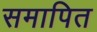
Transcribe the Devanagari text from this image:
समापित